Annual vaccination report of Bihar and Orissa - 1911-1928
Year: 1911
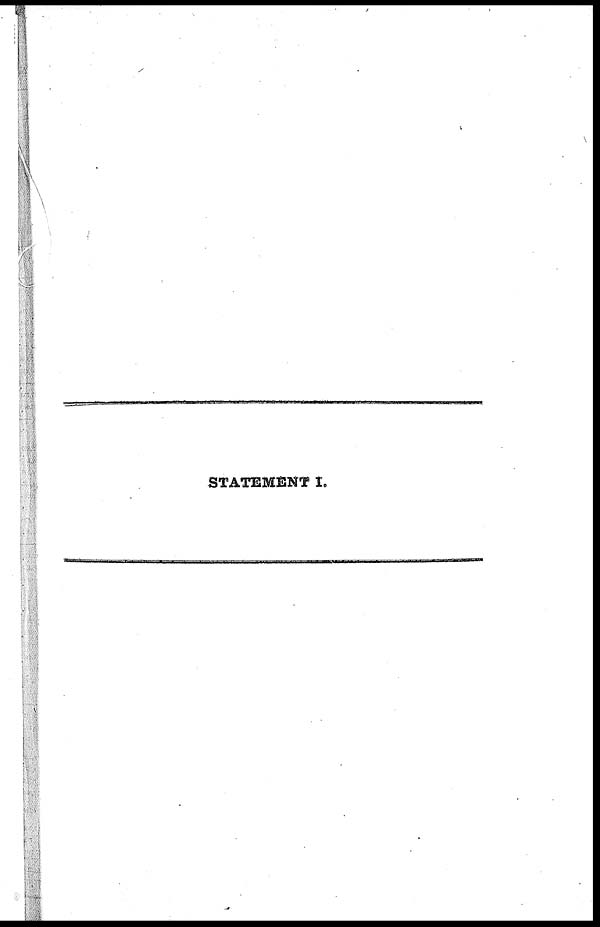
STATEMENT I.